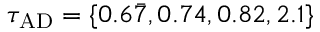
\tau _ { \mathrm { A D } } = \{ 0 . 6 \bar { 7 } , 0 . 7 4 , 0 . 8 2 , 2 . 1 \}